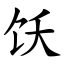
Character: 饫